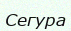
Сегура